Vaccination North-Western Provinces 1866-1877 - 1866-1877
Year: 1866
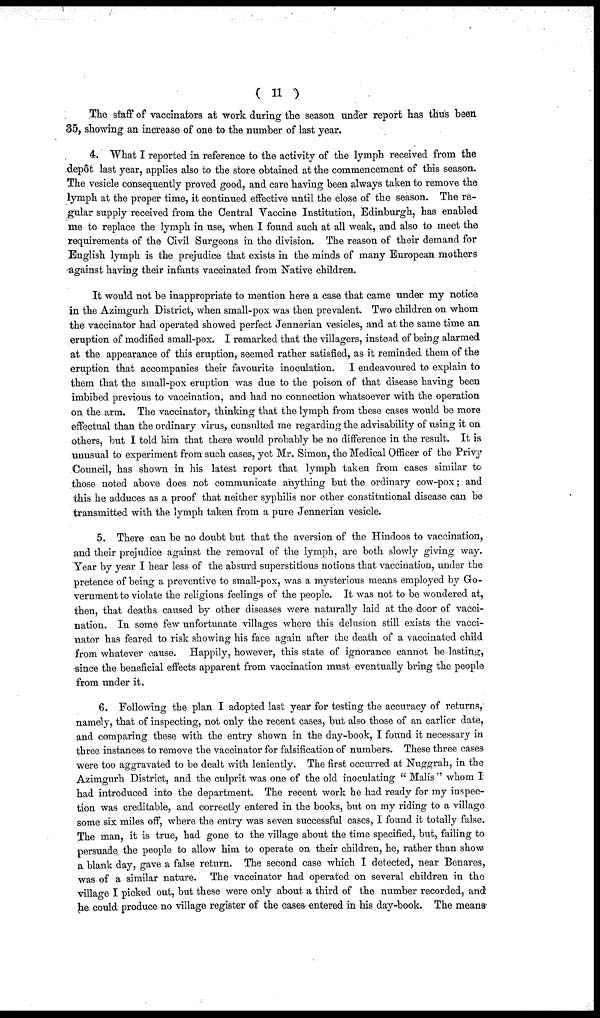
( 11 )
The staff of vaccinators at work during the season under report has thus been
35, showing an increase of one to the number of last year.
4. What I reported in reference to the activity of the lymph received from the
depôt last year, applies also to the store obtained at the commencement of this season.
The vesicle consequently proved good, and care having been always taken to remove the
lymph at the proper time, it continued effective until the close of the season. The re-
gular supply received from the Central Vaccine Institution, Edinburgh, has enabled
me to replace the lymph in use, when I found such at all weak, and also to meet the
requirements of the Civil Surgeons in the division. The reason of their demand for
English lymph is the prejudice that exists in the minds of many European mothers
against having their infants vaccinated from Native children.
It would not be inappropriate to mention here a case that came under my notice
in the Azimgurh District, when small-pox was then prevalent. Two children on whom
the vaccinator had operated showed perfect Jennerian vesicles, and at the same time an
eruption of modified small-pox. I remarked that the villagers, instead of being alarmed
at the appearance of this eruption, seemed rather satisfied, as it reminded them of the
eruption that accompanies their favourite inoculation. I endeavoured to explain to
them that the small-pox eruption was due to the poison of that disease having been
imbibed previous to vaccination, and had no connection whatsoever with the operation
on the arm. The vaccinator, thinking that the lymph from these cases would be more
effectual than the ordinary virus, consulted me regarding the advisability of using it on
others, but I told him that there would probably be no difference in the result. It is
unusual to experiment from such cases, yet Mr. Simon, the Medical Officer of the Privy
Council, has shown in his latest report that lymph taken from cases similar to
those noted above does not communicate anything but the ordinary cow-pox; and
this he adduces as a proof that neither syphilis nor other constitutional disease can be
transmitted with the lymph taken from a pure Jennerian vesicle.
5. There can be no doubt but that the aversion of the Hindoos to vaccination,
and their prejudice against the removal of the lymph, are both slowly giving way.
Year by year I hear less of the absurd superstitious notions that vaccination, under the
pretence of being a preventive to small-pox, was a mysterious means employed by Go-
vernment to violate the religious feelings of the people. It was not to be wondered at,
then, that deaths caused by other diseases were naturally laid at the door of vacci-
nation. In some few unfortunate villages where this delusion still exists the vacci-
nator has feared to risk showing his face again after the death of a vaccinated child
from whatever cause. Happily, however, this state of ignorance cannot be lasting,
since the beneficial effects apparent from vaccination must eventually bring the people
from under it.
6. Following the plan I adopted last year for testing the accuracy of returns,
namely, that of inspecting, not only the recent cases, but also those of an earlier date,
and comparing these with the entry shown in the day-book, I found it necessary in
three instances to remove the vaccinator for falsification of numbers. These three cases
were too aggravated to be dealt with leniently. The first occurred at Nuggrah, in the
Azimgurh District, and the culprit was one of the old inoculating " Malis " whom I
had introduced into the department. The recent work he had ready for my inspec-
tion was creditable, and correctly entered in the books, but on my riding to a village
some six miles off, where the entry was seven successful cases, I found it totally false.
The man, it is true, had gone to the village about the time specified, but, failing to
persuade the people to allow him to operate on their children, he, rather than show
a blank day, gave a false return. The second case which I detected, near Benares,
was of a similar nature. The vaccinator had operated on several children in the
village I picked out, but these were only about a third of the number recorded, and
he could produce no village register of the cases entered in his day-book. The means